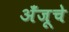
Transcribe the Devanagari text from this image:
अँजूचे